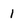
Character: 1